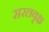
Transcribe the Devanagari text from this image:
सरलवृक्ष